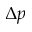
\Delta p